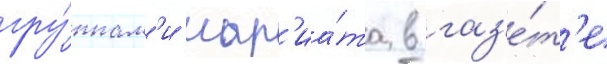
гру́ппам'и шар'иа́та в газ'е́т'е